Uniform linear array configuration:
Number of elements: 32
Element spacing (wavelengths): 0.75
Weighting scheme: binomial
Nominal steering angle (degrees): -45
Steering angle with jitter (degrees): -46.046
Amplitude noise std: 0.05
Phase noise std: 0.05

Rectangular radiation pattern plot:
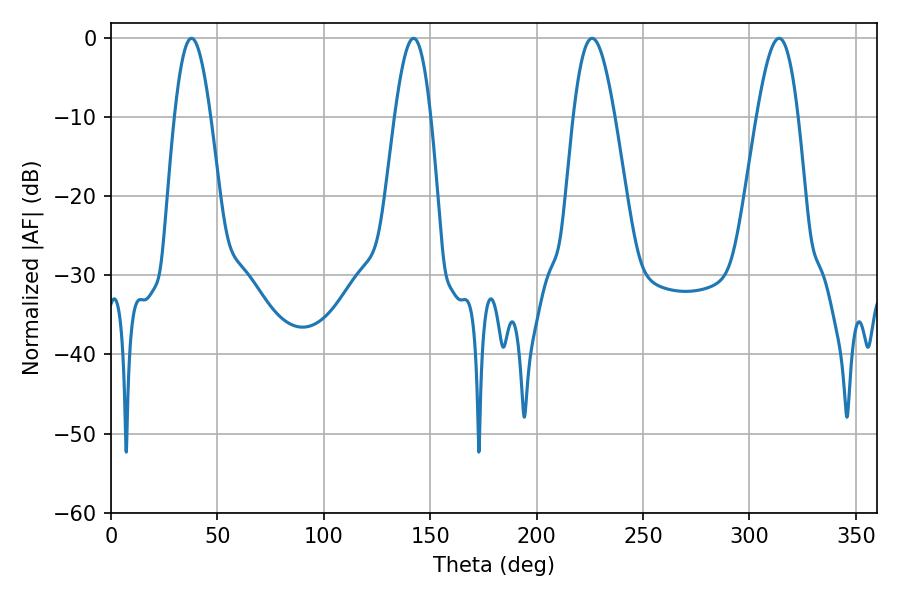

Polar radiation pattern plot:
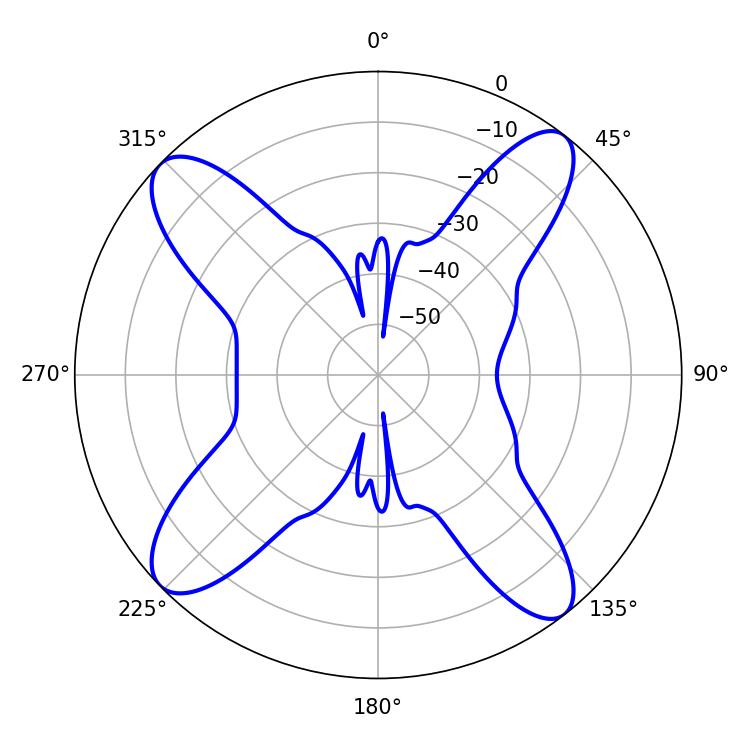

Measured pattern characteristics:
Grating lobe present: TRUE
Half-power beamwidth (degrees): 10.44
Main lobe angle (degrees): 226.08